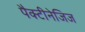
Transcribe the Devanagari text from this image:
पैक्टीनेजिज